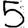
Digit: 5